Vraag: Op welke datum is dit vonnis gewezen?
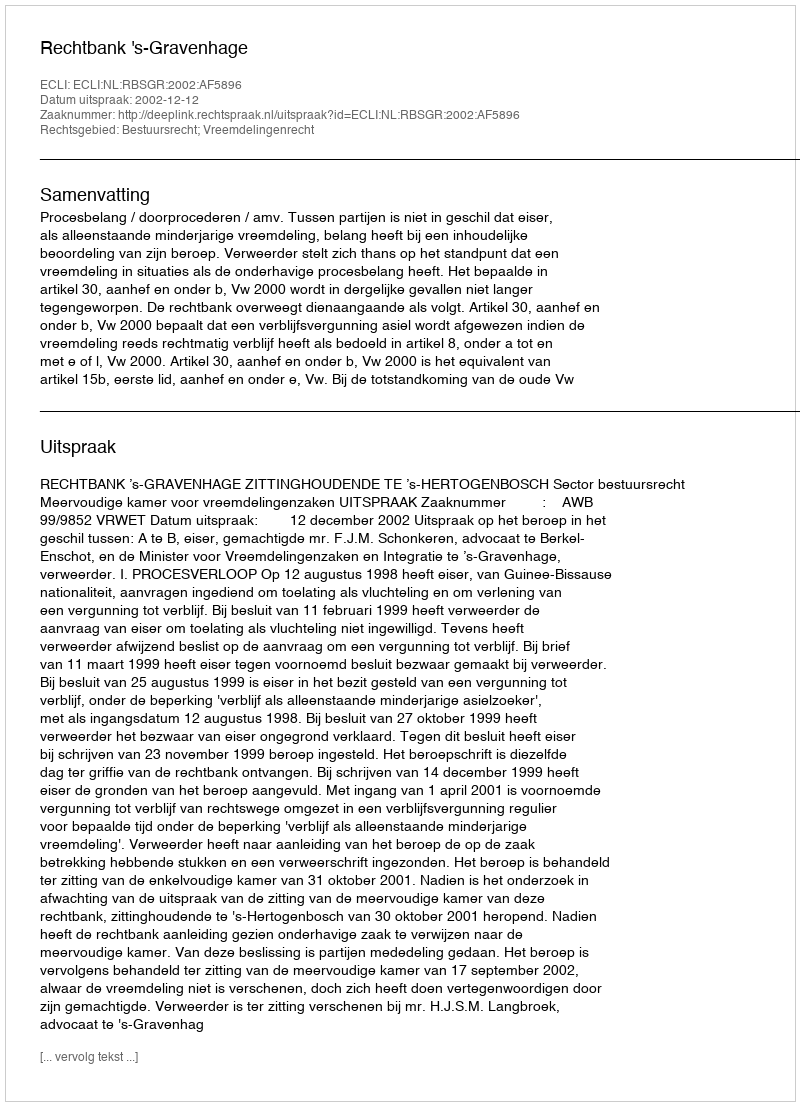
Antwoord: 2002-12-12